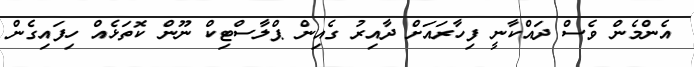
އެންމެން ވެސް ދައްކާނީ ފިހާރައަށް ދާއިރު ގެއިން ޕްލާސްޓިކް ނޫން ކޮތަޅެއް ހިފައިގެން